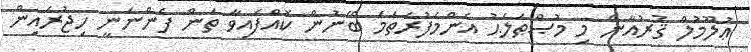
ޢުލޫމުލް ޤުރުއާން މި މުޞްޠަލަޙު އެންމެފުރަތަމަ ބޭނުން ކޮއްފައިވާ ތަން ފެންނަނީ ހިޖުރައިން